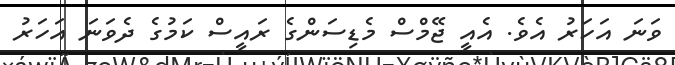
ވަނަ އަހަރު އެވެ. އެއީ ޖޭމްސް މެޑިސަންގެ ރައީސް ކަމުގެ ދެވަނަ އަހަރު